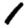
Digit: 1